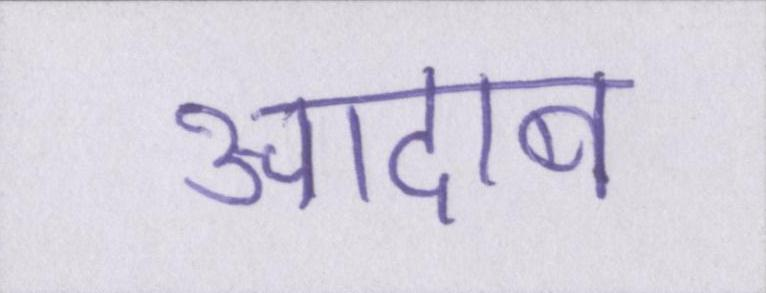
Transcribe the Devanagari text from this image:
आदाब